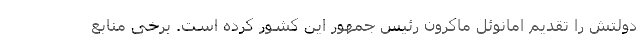
دولتش را تقدیم امانوئل ماکرون رئیس جمهور این کشور کرده است. برخی منابع